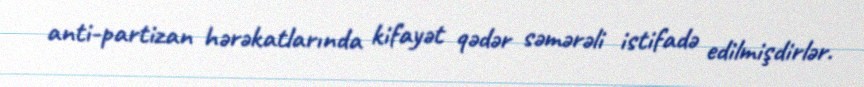
anti-partizan hərəkatlarında kifayət qədər səmərəli istifadə edilmişdirlər.